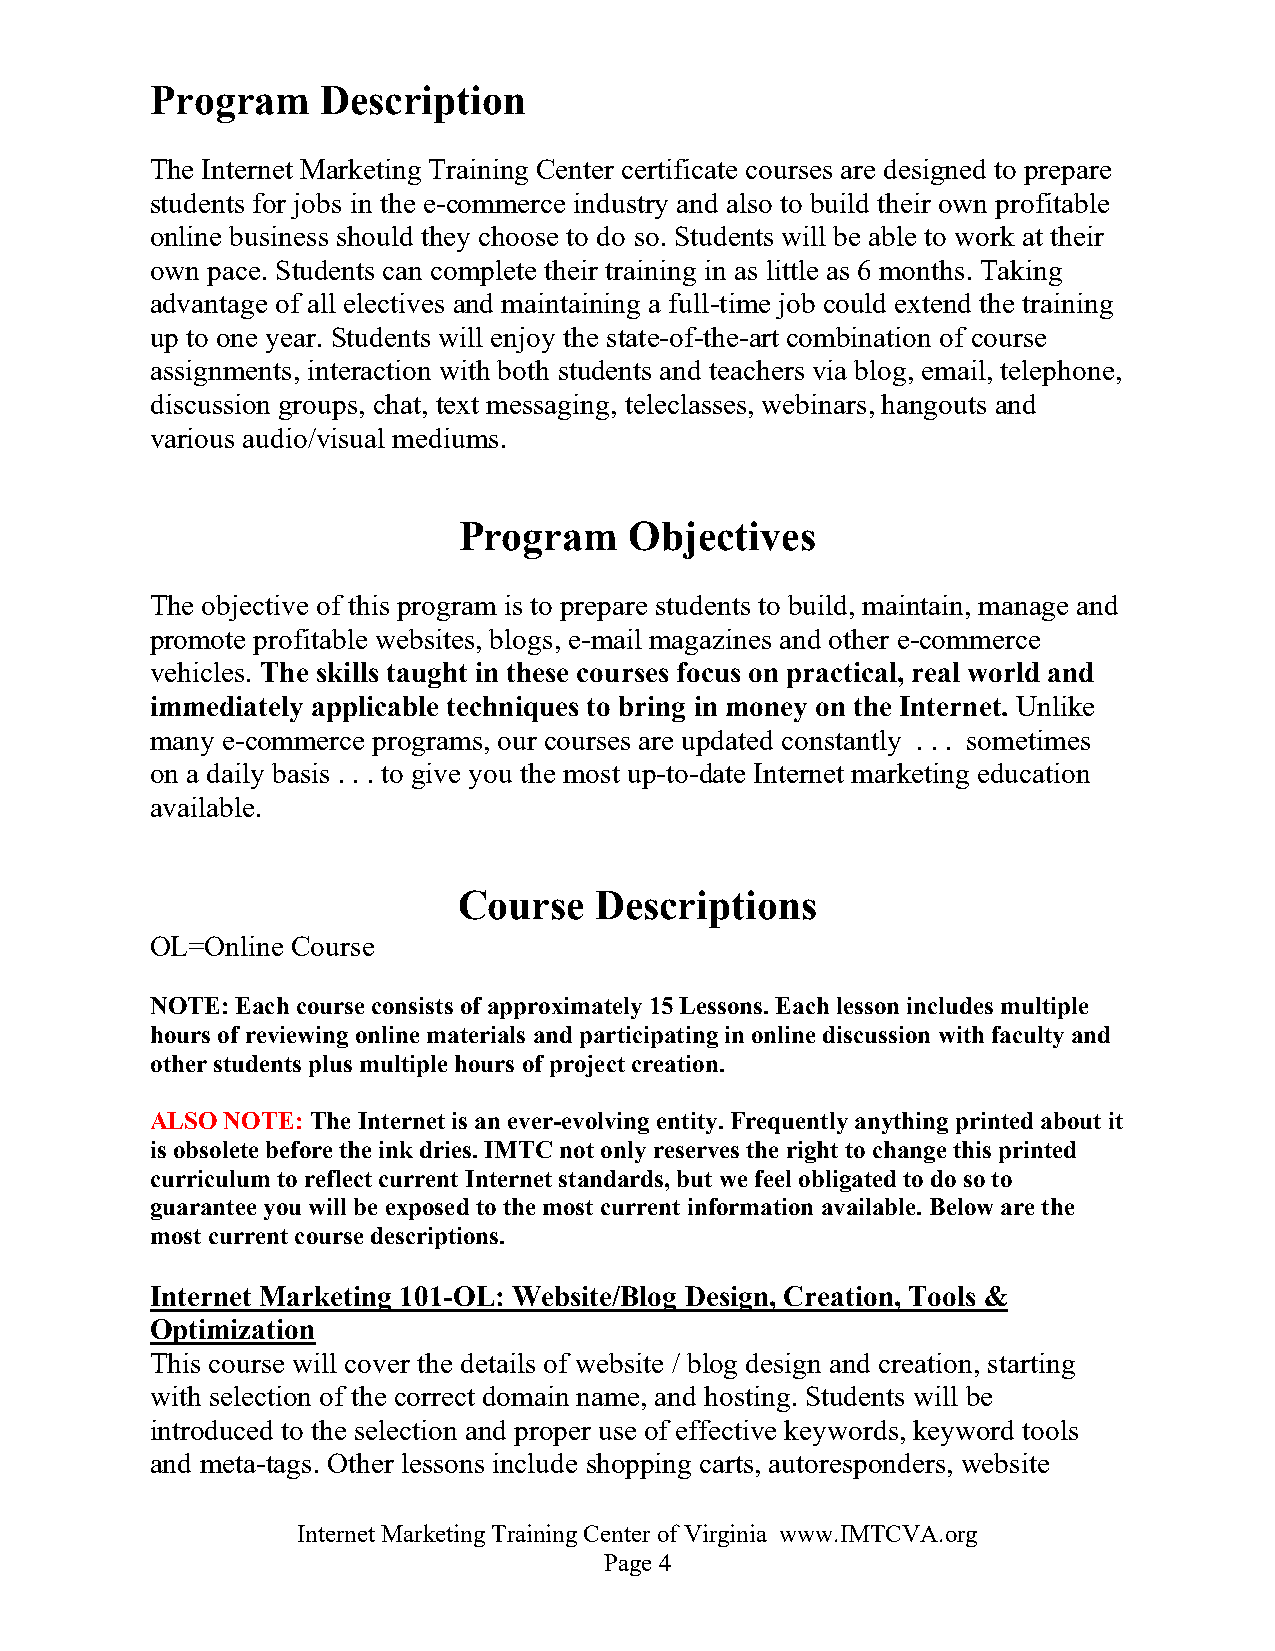
Program    Description
 The Internet Marketing Training Center certificate courses are designed to prepare
 students for jobs in the e-commerce industry and also to build their own profitable
 online business should they choose to do so. Students will be able to work at their
 own pace. Students can complete their training in as little as 6 months. Taking
 advantage of all electives and maintaining a full-time job could extend the training
 up to one year. Students will enjoy the state-of-the-art combination of course
 assignments, interaction with both students and teachers via blog, email, telephone,
 discussion groups, chat, text messaging, teleclasses, webinars, hangouts and
 various audio/visual mediums.
 Program     Objectives
 The objective of this program is to prepare students to build, maintain, manage and
 promote profitable websites, blogs, e-mail magazines and other e-commerce
 vehicles. The skills taught in these courses focus on practical, real world and
 immediately applicable techniques to bring in money on the Internet. Unlike
 many e-commerce programs, our courses are updated constantly . . . sometimes
 on a daily basis . . . to give you the most up-to-date Internet marketing education
 available.
 Course   Descriptions
 OL=Online Course
 NOTE: Each course consists of approximately 15 Lessons. Each lesson includes multiple
 hours of reviewing online materials and participating in online discussion with faculty and
 other students plus multiple hours of project creation.
 ALSO NOTE: The Internet is an ever-evolving entity. Frequently anything printed about it
 is obsolete before the ink dries. IMTC not only reserves the right to change this printed
 curriculum to reflect current Internet standards, but we feel obligated to do so to
 guarantee you will be exposed to the most current information available. Below are the
 most current course descriptions.
 Internet Marketing 101-OL: Website/Blog Design, Creation, Tools &
 Optimization
 This course will cover the details of website / blog design and creation, starting
 with selection of the correct domain name, and hosting. Students will be
 introduced to the selection and proper use of effective keywords, keyword tools
 and meta-tags. Other lessons include shopping carts, autoresponders, website
 Internet Marketing Training Center of Virginia www.IMTCVA.org
 Page 4